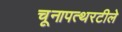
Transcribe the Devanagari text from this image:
चूनापत्थरटीले